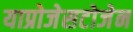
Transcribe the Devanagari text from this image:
याप्रोजेसटोजेन